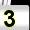
Digit: 3